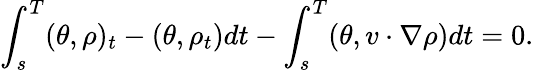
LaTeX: \int_{s}^{T}(\theta,\rho)_{t}-(\theta,\rho_{t})dt-\int_{s}^{T}(\theta,v\cdot\nabla\rho)dt=0.